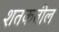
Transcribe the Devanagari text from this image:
शतकतील